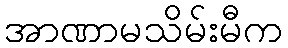
အာဏာမသိမ်းမီက